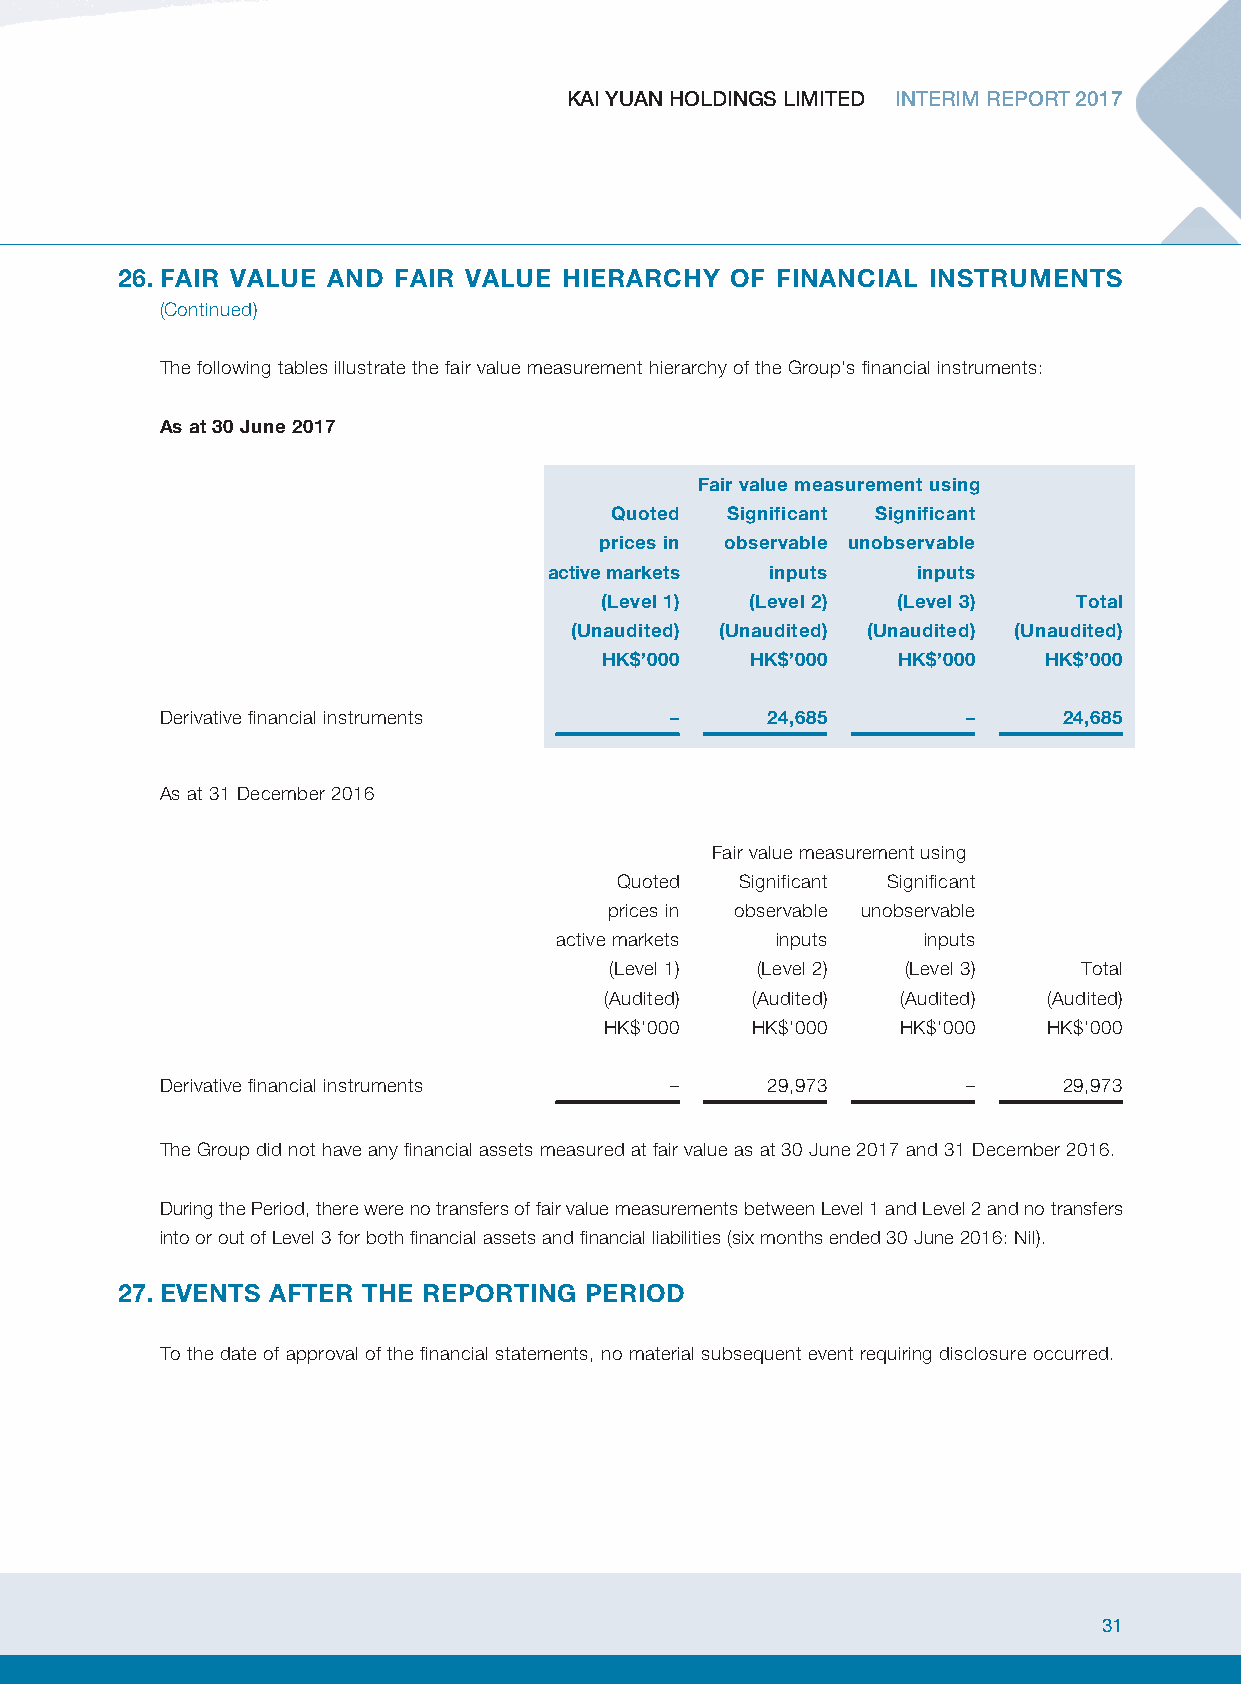
KAI YUAN HOLDINGS LIMITED INTERIM REPORT 2017
 26. FAIR VALUE AND FAIR VALUE HIERARCHY OF FINANCIAL INSTRUMENTS
 (Continued)
 The following tables illustrate the fair value measurement hierarchy of the Group’s financial instruments:
 As at 30 June 2017
 Fair value measurement using
 Quoted  Significant Significant
 prices in observable unobservable
 active markets inputs    inputs
 (Level 1) (Level 2) (Level 3)  Total
 (Unaudited) (Unaudited) (Unaudited) (Unaudited)
 HK$’000   HK$’000  HK$’000   HK$’000
 Derivative financial instruments –      24,685       –     24,685
 As at 31 December 2016
 Fair value measurement using
 Quoted  Significant Significant
 prices in observable unobservable
 active markets inputs   inputs
 (Level 1) (Level 2) (Level 3)   Total
 (Audited) (Audited) (Audited) (Audited)
 HK$’000   HK$’000   HK$’000  HK$’000
 Derivative financial instruments –      29,973       –     29,973
 The Group did not have any financial assets measured at fair value as at 30 June 2017 and 31 December 2016.
 During the Period, there were no transfers of fair value measurements between Level 1 and Level 2 and no transfers
 into or out of Level 3 for both financial assets and financial liabilities (six months ended 30 June 2016: Nil).
 27. EVENTS AFTER THE REPORTING PERIOD
 To the date of approval of the financial statements, no material subsequent event requiring disclosure occurred.
 31